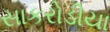
સાકરોડીયા